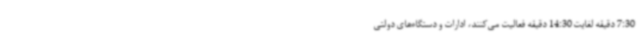
7:30 دقیقه لغایت 14:30 دقیقه فعالیت می‌کنند، ادارات و دستگاه‌های دولتی